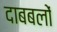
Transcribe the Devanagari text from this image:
दाबबलों